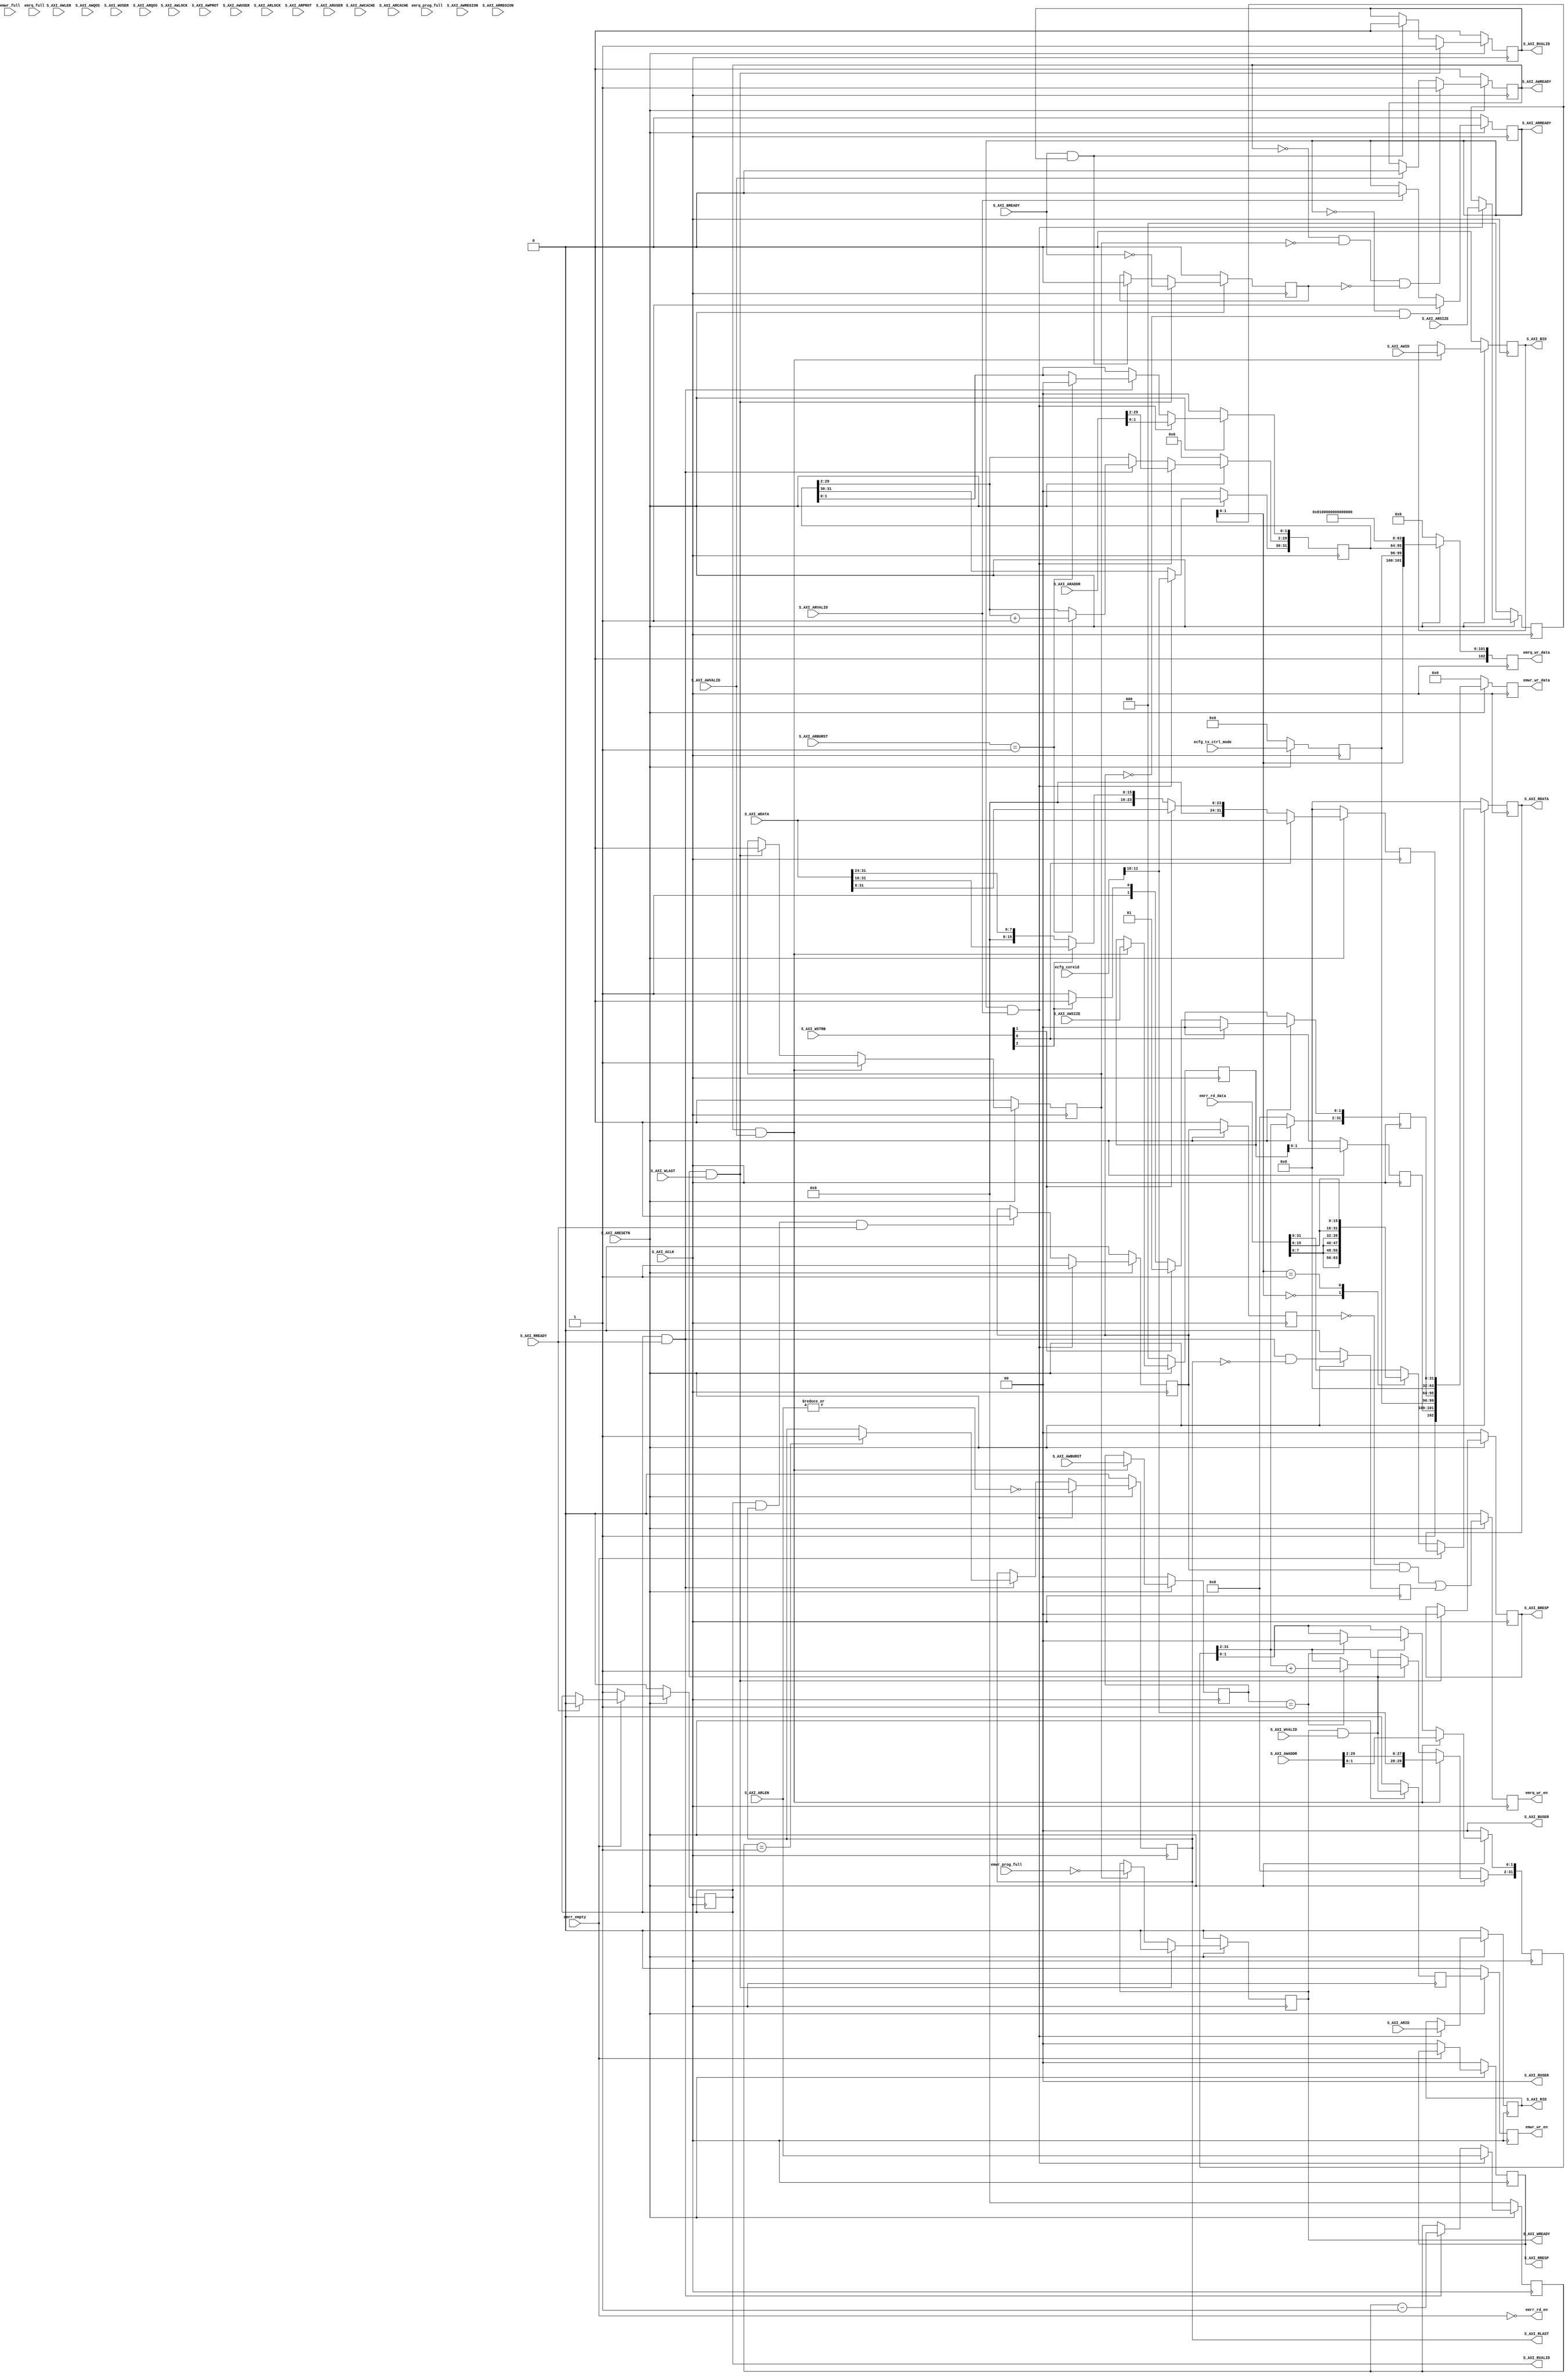

`timescale 1 ns / 1 ps

module esaxi_v1_0_S00_AXI #
  (
   // Users to add parameters here
   parameter [11:0]  C_READ_TAG_ADDR = 12'h810,
   // User parameters ends
   // Do not modify the parameters beyond this line
   
   // Width of ID for for write address, write data, read address and read data
   parameter integer C_S_AXI_ID_WIDTH    = 1,
   // Width of S_AXI data bus
        parameter integer C_S_AXI_DATA_WIDTH    = 32,
   // Width of S_AXI address bus
   parameter integer C_S_AXI_ADDR_WIDTH    = 30,
   // Width of optional user defined signal in write address channel
   parameter integer C_S_AXI_AWUSER_WIDTH    = 0,
   // Width of optional user defined signal in read address channel
   parameter integer C_S_AXI_ARUSER_WIDTH    = 0,
   // Width of optional user defined signal in write data channel
   parameter integer C_S_AXI_WUSER_WIDTH    = 0,
   // Width of optional user defined signal in read data channel
   parameter integer C_S_AXI_RUSER_WIDTH    = 0,
   // Width of optional user defined signal in write response channel
   parameter integer C_S_AXI_BUSER_WIDTH    = 0
   )
   (
    // Users to add ports here
    // FIFO write port, write requests
    output reg  [102:0] emwr_wr_data,
    output reg          emwr_wr_en,
    input  wire         emwr_full,
    input  wire         emwr_prog_full,
    
    // FIFO write port, read requests
    output reg  [102:0] emrq_wr_data,
    output reg          emrq_wr_en,
    input  wire         emrq_full,
    input  wire         emrq_prog_full,
    
    // FIFO read port, read responses
    input wire [102:0]  emrr_rd_data,
    output wire         emrr_rd_en,
    input wire          emrr_empty,

    // Control bits from eConfig
    input wire [3:0]    ecfg_tx_ctrl_mode,
    input wire [11:0]   ecfg_coreid,

    // User ports ends
    // Do not modify the ports beyond this line

    // Global Clock Signal
    input wire  S_AXI_ACLK,
    // Global Reset Signal. This Signal is Active LOW
    input wire  S_AXI_ARESETN,
    // Write Address ID
    input wire [C_S_AXI_ID_WIDTH-1 : 0] S_AXI_AWID,
    // Write address
    input wire [C_S_AXI_ADDR_WIDTH-1 : 0] S_AXI_AWADDR,
    // Burst length. The burst length gives the exact number of transfers in a burst
    input wire [7 : 0] S_AXI_AWLEN,
    // Burst size. This signal indicates the size of each transfer in the burst
    input wire [2 : 0] S_AXI_AWSIZE,
    // Burst type. The burst type and the size information, 
    // determine how the address for each transfer within the burst is calculated.
    input wire [1 : 0] S_AXI_AWBURST,
    // Lock type. Provides additional information about the
    // atomic characteristics of the transfer.
    input wire  S_AXI_AWLOCK,
    // Memory type. This signal indicates how transactions
    // are required to progress through a system.
    input wire [3 : 0] S_AXI_AWCACHE,
    // Protection type. This signal indicates the privilege
    // and security level of the transaction, and whether
    // the transaction is a data access or an instruction access.
    input wire [2 : 0] S_AXI_AWPROT,
    // Quality of Service, QoS identifier sent for each
    // write transaction.
    input wire [3 : 0] S_AXI_AWQOS,
    // Region identifier. Permits a single physical interface
    // on a slave to be used for multiple logical interfaces.
    input wire [3 : 0] S_AXI_AWREGION,
    // Optional User-defined signal in the write address channel.
    input wire [C_S_AXI_AWUSER_WIDTH-1 : 0] S_AXI_AWUSER,
    // Write address valid. This signal indicates that
    // the channel is signaling valid write address and
    // control information.
    input wire  S_AXI_AWVALID,
    // Write address ready. This signal indicates that
    // the slave is ready to accept an address and associated
    // control signals.
    output wire  S_AXI_AWREADY,
    // Write Data
    input wire [C_S_AXI_DATA_WIDTH-1 : 0] S_AXI_WDATA,
    // Write strobes. This signal indicates which byte
    // lanes hold valid data. There is one write strobe
    // bit for each eight bits of the write data bus.
    input wire [(C_S_AXI_DATA_WIDTH/8)-1 : 0] S_AXI_WSTRB,
    // Write last. This signal indicates the last transfer
    // in a write burst.
    input wire  S_AXI_WLAST,
    // Optional User-defined signal in the write data channel.
    input wire [C_S_AXI_WUSER_WIDTH-1 : 0] S_AXI_WUSER,
    // Write valid. This signal indicates that valid write
    // data and strobes are available.
    input wire  S_AXI_WVALID,
    // Write ready. This signal indicates that the slave
    // can accept the write data.
    output wire  S_AXI_WREADY,
    // Response ID tag. This signal is the ID tag of the
    // write response.
    output wire [C_S_AXI_ID_WIDTH-1 : 0] S_AXI_BID,
    // Write response. This signal indicates the status
    // of the write transaction.
    output wire [1 : 0] S_AXI_BRESP,
    // Optional User-defined signal in the write response channel.
    output wire [C_S_AXI_BUSER_WIDTH-1 : 0] S_AXI_BUSER,
    // Write response valid. This signal indicates that the
    // channel is signaling a valid write response.
    output wire  S_AXI_BVALID,
    // Response ready. This signal indicates that the master
    // can accept a write response.
    input wire  S_AXI_BREADY,
    // Read address ID. This signal is the identification
    // tag for the read address group of signals.
    input wire [C_S_AXI_ID_WIDTH-1 : 0] S_AXI_ARID,
    // Read address. This signal indicates the initial
    // address of a read burst transaction.
    input wire [C_S_AXI_ADDR_WIDTH-1 : 0] S_AXI_ARADDR,
    // Burst length. The burst length gives the exact number of transfers in a burst
    input wire [7 : 0] S_AXI_ARLEN,
    // Burst size. This signal indicates the size of each transfer in the burst
    input wire [2 : 0] S_AXI_ARSIZE,
    // Burst type. The burst type and the size information, 
    // determine how the address for each transfer within the burst is calculated.
    input wire [1 : 0] S_AXI_ARBURST,
    // Lock type. Provides additional information about the
    // atomic characteristics of the transfer.
    input wire  S_AXI_ARLOCK,
    // Memory type. This signal indicates how transactions
    // are required to progress through a system.
    input wire [3 : 0] S_AXI_ARCACHE,
    // Protection type. This signal indicates the privilege
    // and security level of the transaction, and whether
    // the transaction is a data access or an instruction access.
    input wire [2 : 0] S_AXI_ARPROT,
    // Quality of Service, QoS identifier sent for each
    // read transaction.
    input wire [3 : 0] S_AXI_ARQOS,
    // Region identifier. Permits a single physical interface
    // on a slave to be used for multiple logical interfaces.
    input wire [3 : 0] S_AXI_ARREGION,
    // Optional User-defined signal in the read address channel.
    input wire [C_S_AXI_ARUSER_WIDTH-1 : 0] S_AXI_ARUSER,
    // Write address valid. This signal indicates that
    // the channel is signaling valid read address and
    // control information.
    input wire  S_AXI_ARVALID,
    // Read address ready. This signal indicates that
    // the slave is ready to accept an address and associated
    // control signals.
    output wire  S_AXI_ARREADY,
    // Read ID tag. This signal is the identification tag
    // for the read data group of signals generated by the slave.
    output wire [C_S_AXI_ID_WIDTH-1 : 0] S_AXI_RID,
    // Read Data
    output wire [C_S_AXI_DATA_WIDTH-1 : 0] S_AXI_RDATA,
    // Read response. This signal indicates the status of
    // the read transfer.
    output wire [1 : 0] S_AXI_RRESP,
    // Read last. This signal indicates the last transfer
    // in a read burst.
    output wire  S_AXI_RLAST,
    // Optional User-defined signal in the read address channel.
    output wire [C_S_AXI_RUSER_WIDTH-1 : 0] S_AXI_RUSER,
    // Read valid. This signal indicates that the channel
    // is signaling the required read data.
    output wire  S_AXI_RVALID,
    // Read ready. This signal indicates that the master can
    // accept the read data and response information.
    input wire  S_AXI_RREADY
    );

   // AXI4FULL signals
   reg [31:0]                    axi_awaddr;  // 32b for Epiphany addr
   reg [1:0]                     axi_awburst;
   reg [2:0]                     axi_awsize;
   reg                           axi_awready;

   reg                           axi_wready;

   reg [C_S_AXI_ID_WIDTH-1:0]    axi_bid;
   reg [1:0]                     axi_bresp;
   reg                           axi_bvalid;

   reg [31:0]                    axi_araddr;  // 32b for Epiphany addr
   reg [7:0]                     axi_arlen;
   reg [1:0]                     axi_arburst;
   reg [2:0]                     axi_arsize;
   reg                           axi_arready;

   reg [C_S_AXI_ID_WIDTH-1:0]    axi_rid;
   reg [C_S_AXI_DATA_WIDTH-1:0]  axi_rdata;
   reg [1:0]                     axi_rresp;
   reg                           axi_rlast;
   reg                           axi_rvalid;

   //local parameter for addressing 32 bit / 64 bit C_S_AXI_DATA_WIDTH
   //ADDR_LSB is used for addressing 32/64 bit registers/memories
   //ADDR_LSB = 2 for 32 bits (n downto 2)
   //ADDR_LSB = 3 for 64 bits (n downto 3)
   localparam integer            ADDR_LSB = (C_S_AXI_DATA_WIDTH/32)+ 1;

   // I/O Connections assignments

   assign S_AXI_AWREADY    = axi_awready;
   assign S_AXI_WREADY     = axi_wready;
   assign S_AXI_BRESP      = axi_bresp;
   assign S_AXI_BID        = axi_bid;
   assign S_AXI_BVALID     = axi_bvalid;
   assign S_AXI_ARREADY    = axi_arready;
   assign S_AXI_RDATA      = axi_rdata;
   assign S_AXI_RRESP      = axi_rresp;
   assign S_AXI_RLAST      = axi_rlast;
   assign S_AXI_RVALID     = axi_rvalid;
   assign S_AXI_RID        = axi_rid;
   assign S_AXI_BUSER      = 'd0;
   assign S_AXI_BUSER      = 'd0;
   assign S_AXI_RUSER      = 'd0;
   
   // Implement write address channel
   reg              write_active;
   reg              b_wait;      // Waiting to issue write response (unlikely?)

   wire             last_wr_beat = axi_wready & S_AXI_WVALID & S_AXI_WLAST;
   
   // axi_awready is asserted when there is no write transfer in progress

   always @( posedge S_AXI_ACLK ) begin
      if( S_AXI_ARESETN == 1'b0 )  begin

         axi_awready <= 1'b0;
         write_active <= 1'b0;
         
      end else begin

         // We're always ready for an address cycle if we're not doing something else
         //  NOTE: Might make this faster by going ready on last beat instead of after,
         //  but if we want the very best each channel should be FIFO'd.
         if( ~axi_awready & ~write_active & ~b_wait )
           axi_awready <= 1'b1;
         else if( S_AXI_AWVALID )
           axi_awready <= 1'b0;

         // The write cycle is "active" as soon as we capture an address, it
         // ends on the last beat.
         if( axi_awready & S_AXI_AWVALID )
           write_active <= 1'b1;
         else if( last_wr_beat )
           write_active <= 1'b0;
         
      end // else: !if( S_AXI_ARESETN == 1'b0 )
   end // always @ ( posedge S_AXI_ACLK )
   
   // Capture address & other AW info, update address during cycle
   
   always @( posedge S_AXI_ACLK ) begin
      if ( S_AXI_ARESETN == 1'b0 )  begin

         axi_bid      <= 'd0;  // capture for write response
         axi_awaddr   <= 'd0;
         axi_awsize   <= 3'd0;
         axi_awburst  <= 2'd0;
         
      end else begin

         if( axi_awready & S_AXI_AWVALID ) begin

            axi_bid      <= S_AXI_AWID;
            axi_awaddr   <= { ecfg_coreid[11:C_S_AXI_ADDR_WIDTH-20],
                              S_AXI_AWADDR };
            axi_awsize   <= S_AXI_AWSIZE;  // 0=byte, 1=16b, 2=32b
            axi_awburst  <= S_AXI_AWBURST; // type, 0=fixed, 1=incr, 2=wrap

         end else if( S_AXI_WVALID & axi_wready ) begin

            if( axi_awburst == 2'b01 ) begin //incremental burst
               // The write address for all the beats in the transaction are increments by the data width.
               // NOTE: This should be based on awsize instead to support narrow bursts, I think.
               
               axi_awaddr[31:ADDR_LSB] <= axi_awaddr[31:ADDR_LSB] + 32'd1;
               //awaddr aligned to data width
               axi_awaddr[ADDR_LSB-1:0]  <= {ADDR_LSB{1'b0}};   

            end  // Both FIXED & WRAPPING types are treated as FIXED, no update.

         end // if ( S_AXI_WVALID & axi_wready )
      end // else: !if( S_AXI_ARESETN == 1'b0 )
   end // always @ ( posedge S_AXI_ACLK )
   
   // Write Channel Implementation

   always @( posedge S_AXI_ACLK ) begin
      if( S_AXI_ARESETN == 1'b0 ) begin
         
         axi_wready <= 1'b0;

      end else begin

         if( last_wr_beat )
           axi_wready <= 1'b0;
         else if( write_active )
           axi_wready <= ~emwr_prog_full;

      end // else: !if( S_AXI_ARESETN == 1'b0 )
   end // always @ ( posedge S_AXI_ACLK )
   
   // Implement write response logic generation
   // The write response and response valid signals are asserted by the slave 
   // at the end of each transaction, burst or single.

   always @( posedge S_AXI_ACLK ) begin
      if ( S_AXI_ARESETN == 1'b0 ) begin

         axi_bvalid <= 1'b0;
         axi_bresp  <= 2'b0;
         b_wait     <= 1'b0;
         
      end else begin
         
         if( last_wr_beat ) begin

            axi_bvalid <= 1'b1;
            axi_bresp  <= 2'b0;       // 'OKAY' response
            b_wait     <= ~S_AXI_BREADY;  // NOTE: Assumes bready will not drop without valid?
            
         end else if (S_AXI_BREADY & axi_bvalid) begin

            axi_bvalid <= 1'b0;
            b_wait     <= 1'b0;
            
         end
      end // else: !if( S_AXI_ARESETN == 1'b0 )
   end // always @ ( posedge S_AXI_ACLK )


   // Read registers
   reg           read_active;
   reg [31:0]    read_addr;
   
   wire          last_rd_beat = axi_rvalid & axi_rlast & S_AXI_RREADY;
   
   // Read request channel

   always @( posedge S_AXI_ACLK ) begin
      if ( S_AXI_ARESETN == 1'b0 ) begin

         axi_arready <= 1'b0;
         read_active <= 1'b0;
         
      end else begin    

         if( ~axi_arready & ~read_active )
            axi_arready <= 1'b1;
         else if( S_AXI_ARVALID )
            axi_arready <= 1'b0;

         if( axi_arready & S_AXI_ARVALID )
           read_active <= 1'b1;
         else if( last_rd_beat )
           read_active <= 1'b0;
         
      end // else: !if( S_AXI_ARESETN == 1'b0 )
   end // always @ ( posedge S_AXI_ACLK )
   
   // Implement axi_araddr, etc. latching & counting

   always @( posedge S_AXI_ACLK ) begin
      if ( S_AXI_ARESETN == 1'b0 ) begin

         axi_araddr  <= 0;
         axi_arlen   <= 8'd0;
         axi_arburst <= 2'd0;
         axi_arsize  <= 2'b0;
         axi_rlast   <= 1'b0;
         axi_rid     <= 'd0;
         
      end else begin
         
         if( axi_arready & S_AXI_ARVALID ) begin

            axi_araddr  <= { ecfg_coreid[11:C_S_AXI_ADDR_WIDTH-20],
                            S_AXI_ARADDR };     // start address of transfer
            axi_arlen   <= S_AXI_ARLEN;
            axi_arburst <= S_AXI_ARBURST;
            axi_arsize  <= S_AXI_ARSIZE;
            axi_rlast   <= ~(|S_AXI_ARLEN);
            axi_rid     <= S_AXI_ARID;
            
         end else if(axi_rvalid & S_AXI_RREADY) begin

            axi_arlen <= axi_arlen - 1;

            if(axi_arlen == 8'd1)
              axi_rlast <= 1'b1;
            
            if( S_AXI_ARBURST == 2'b01) begin //incremental burst
               // The read address for all the beats in the transaction are increments by awsize
               // NOTE: This should be based on awsize instead to support narrow bursts, I think.

               axi_araddr[C_S_AXI_ADDR_WIDTH - 1:ADDR_LSB] <= axi_araddr[C_S_AXI_ADDR_WIDTH - 1:ADDR_LSB] + 1;
               //araddr aligned to 4 byte boundary
               axi_araddr[ADDR_LSB-1:0]  <= {ADDR_LSB{1'b0}};   
               //for awsize = 4 bytes (010)
            end

         end // if (axi_rvalid & S_AXI_RREADY)

      end // else: !if( S_AXI_ARESETN == 1'b0 )
   end // always @ ( posedge S_AXI_ACLK )
   
   // ------------------------------------------
   // -- Write Data Handler
   // ------------------------------------------

   reg [31:0]  aligned_data;
   reg [31:0]  aligned_addr;
   reg [1:0]   wsize;
   reg         pre_wr_en;   // delay for data alignment
   reg [3:0]   ctrl_mode;   // Sync'd from ecfg
   
   always @( posedge S_AXI_ACLK ) begin
      if ( S_AXI_ARESETN == 1'b0 ) begin

         aligned_data <= 'd0;
         aligned_addr <= 'd0;
         wsize        <= 2'd0;
         emwr_wr_data <= 'd0;
         pre_wr_en    <= 1'b0;
         emwr_wr_en   <= 1'b0;
         ctrl_mode    <= 'd0;
         
      end else begin

         ctrl_mode <= ecfg_tx_ctrl_mode;  // No timing on this

         // Set lsbs of address based on write strobes, 
         // right-justify data.
         aligned_addr[31:2] <= axi_awaddr[31:2];
         
         if( S_AXI_WSTRB[0] ) begin
            aligned_data      <= S_AXI_WDATA[31:0];
            aligned_addr[1:0] <= 2'd0;
         end else if(S_AXI_WSTRB[1] ) begin
            aligned_data <= {8'd0, S_AXI_WDATA[31:8]};
            aligned_addr[1:0] <= 2'd1;
         end else if(S_AXI_WSTRB[2] ) begin
            aligned_data <= {16'd0, S_AXI_WDATA[31:16]};
            aligned_addr[1:0] <= 2'd2;
         end else begin
            aligned_data <= {24'd0, S_AXI_WDATA[31:24]};
            aligned_addr[1:0] <= 2'd3;
         end

         wsize <= axi_awsize[1:0];
         pre_wr_en <= axi_wready & S_AXI_WVALID;
         emwr_wr_en <= pre_wr_en;
         
         emwr_wr_data <=                         
           { 1'b1,            // write
             wsize,           // only up to 32b
             ctrl_mode,
             aligned_addr,    // dstaddr
             32'd0,           // srcaddr ignored
             aligned_data};
         
      end // else: !if( S_AXI_ARESETN == 1'b0 )
   end // always @ ( posedge S_AXI_ACLK )
   
   
   // ------------------------------------------
   // --    Read Data Handler
   // -- Reads are performed by sending a read
   // -- request out the TX port and waiting for
   // -- data to come back through the RX port.
   // --
   // -- Because eLink reads are not generally 
   // -- returned in order, we will only allow
   // -- one at a time.  That's OK because reads
   // -- are to be avoided for speed anyway.
   // ------------------------------------------

   // Process to issue eLink read requests

   // Since we're only sending one req at a time we can ignore the FIFO flags

   reg       ractive_reg;  // Need leading edge of active for 1st req
   reg       rnext;
   
   always @( posedge S_AXI_ACLK ) begin
      if ( S_AXI_ARESETN == 1'b0 ) begin

         emrq_wr_en   <= 1'b0;
         emrq_wr_data <= 'd0;
         ractive_reg  <= 1'b0;
         rnext        <= 1'b0;
         
      end else begin

         ractive_reg <= read_active;

         rnext <= axi_rvalid & S_AXI_RREADY & ~axi_rlast;
         
         emrq_wr_en <= ( ~ractive_reg & read_active ) | rnext;
         
         emrq_wr_data <=
           { 1'b0,             // !write
             axi_arsize[1:0],  // 32b max
             ctrl_mode,
             axi_araddr,       // dstaddr (read from)
             {C_READ_TAG_ADDR, 20'd0},  // srcaddr (tag)
             32'd0             // no data
             };

      end // else: !if( S_AXI_ARESETN == 1'b0 )
   end // always @ ( posedge S_AXI_ACLK )
   
   // Handle eLink response data

   // always read response data immediately
   assign emrr_rd_en = ~emrr_empty;

   always @( posedge S_AXI_ACLK ) begin
      if ( S_AXI_ARESETN == 1'b0 ) begin

         axi_rvalid <= 1'b0;
         axi_rdata  <= 'd0;
         axi_rresp  <= 2'd0;

      end else begin

         if( ~emrr_empty ) begin

            axi_rvalid <= 1'b1;
            axi_rresp  <= 2'd0;

            case( axi_arsize[1:0] )

              2'b00: axi_rdata <= {4{emrr_rd_data[7:0]}};
              2'b01: axi_rdata <= {2{emrr_rd_data[15:0]}};
              default: axi_rdata <= emrr_rd_data;

            endcase // case ( axi_araddr[1:0] }...

         end else if( S_AXI_RREADY ) begin // if ( ~emrr_empty )

            axi_rvalid <= 1'b0;

         end
      end // else: !if( S_AXI_ARESETN == 1'b0 )
   end // always @ ( posedge S_AXI_ACLK )
   
endmodule